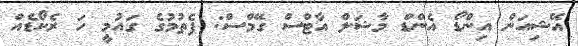
އޭޝިއަން އިންޑޯ އެންޑް މާޝަލް އާޓްސް ގޭމްސް: ފެތުމުގެ ގައުމީ ހަ ރެކޯޑެއް